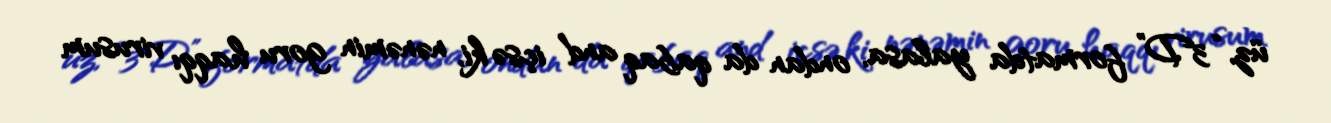
üz, “3D” formatda yalasa, ondan da qabaq and içsə ki, nənəmin goru haqqı virusum